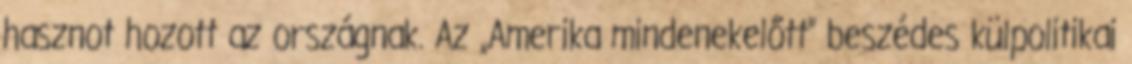
hasznot hozott az országnak. Az „Amerika mindenekelőtt” beszédes külpolitikai